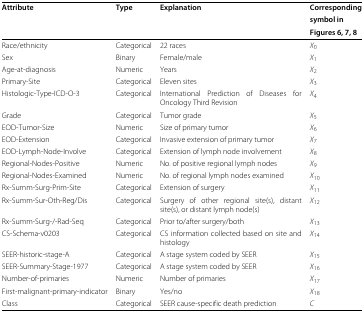
<table><thead><tr><td><b>Attribute</b></td><td><b>Type</b></td><td><b>Explanation</b></td><td><b>Corresponding</b></td></tr><tr><td></td><td></td><td></td><td><b>symbol in</b></td></tr><tr><td></td><td></td><td></td><td><b>Figures 6, 7, 8</b></td></tr></thead><tbody><tr><td>Race/ethnicity</td><td>Categorical</td><td>22 races</td><td><i>X</i><sub>0</sub></td></tr><tr><td>Sex</td><td>Binary</td><td>Female/male</td><td><i>X</i><sub>1</sub></td></tr><tr><td>Age-at-diagnosis</td><td>Numeric</td><td>Years</td><td><i>X</i><sub>2</sub></td></tr><tr><td>Primary-Site</td><td>Categorical</td><td>Eleven sites</td><td><i>X</i><sub>3</sub></td></tr><tr><td>Histologic-Type-ICD-O-3</td><td>Categorical</td><td>International Prediction of Diseases for Oncology Third Revision</td><td><i>X</i><sub>4</sub></td></tr><tr><td>Grade</td><td>Categorical</td><td>Tumor grade</td><td><i>X</i><sub>5</sub></td></tr><tr><td>EOD-Tumor-Size</td><td>Numeric</td><td>Size of primary tumor</td><td><i>X</i><sub>6</sub></td></tr><tr><td>EOD-Extension</td><td>Categorical</td><td>Invasive extension of primary tumor</td><td><i>X</i><sub>7</sub></td></tr><tr><td>EOD-Lymph-Node-Involve</td><td>Categorical</td><td>Extension of lymph node involvement</td><td><i>X</i><sub>8</sub></td></tr><tr><td>Regional-Nodes-Positive</td><td>Numeric</td><td>No. of positive regional lymph nodes</td><td><i>X</i><sub>9</sub></td></tr><tr><td>Regional-Nodes-Examined</td><td>Numeric</td><td>No. of regional lymph nodes examined</td><td><i>X</i><sub>10</sub></td></tr><tr><td>Rx-Summ-Surg-Prim-Site</td><td>Categorical</td><td>Extension of surgery</td><td><i>X</i><sub>11</sub></td></tr><tr><td>Rx-Summ-Sur-Oth-Reg/Dis</td><td>Categorical</td><td>Surgery of other regional site(s), distant site(s), or distant lymph node(s)</td><td><i>X</i><sub>12</sub></td></tr><tr><td>Rx-Summ-Surg-/-Rad-Seq</td><td>Categorical</td><td>Prior to/after surgery/both</td><td><i>X</i><sub>13</sub></td></tr><tr><td>CS-Schema-v0203</td><td>Categorical</td><td>CS information collected based on site and histology</td><td><i>X</i><sub>14</sub></td></tr><tr><td>SEER-historic-stage-A</td><td>Categorical</td><td>A stage system coded by SEER</td><td><i>X</i><sub>15</sub></td></tr><tr><td>SEER-Summary-Stage-1977</td><td>Categorical</td><td>A stage system coded by SEER</td><td><i>X</i><sub>16</sub></td></tr><tr><td>Number-of-primaries</td><td>Numeric</td><td>Number of primaries</td><td><i>X</i><sub>17</sub></td></tr><tr><td>First-malignant-primary-indicator</td><td>Binary</td><td>Yes/no</td><td><i>X</i><sub>18</sub></td></tr><tr><td>Class</td><td>Categorical</td><td>SEER cause-specific death prediction</td><td><i>C</i></td></tr></tbody></table>